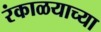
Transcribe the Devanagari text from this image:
रंकाळयाच्या